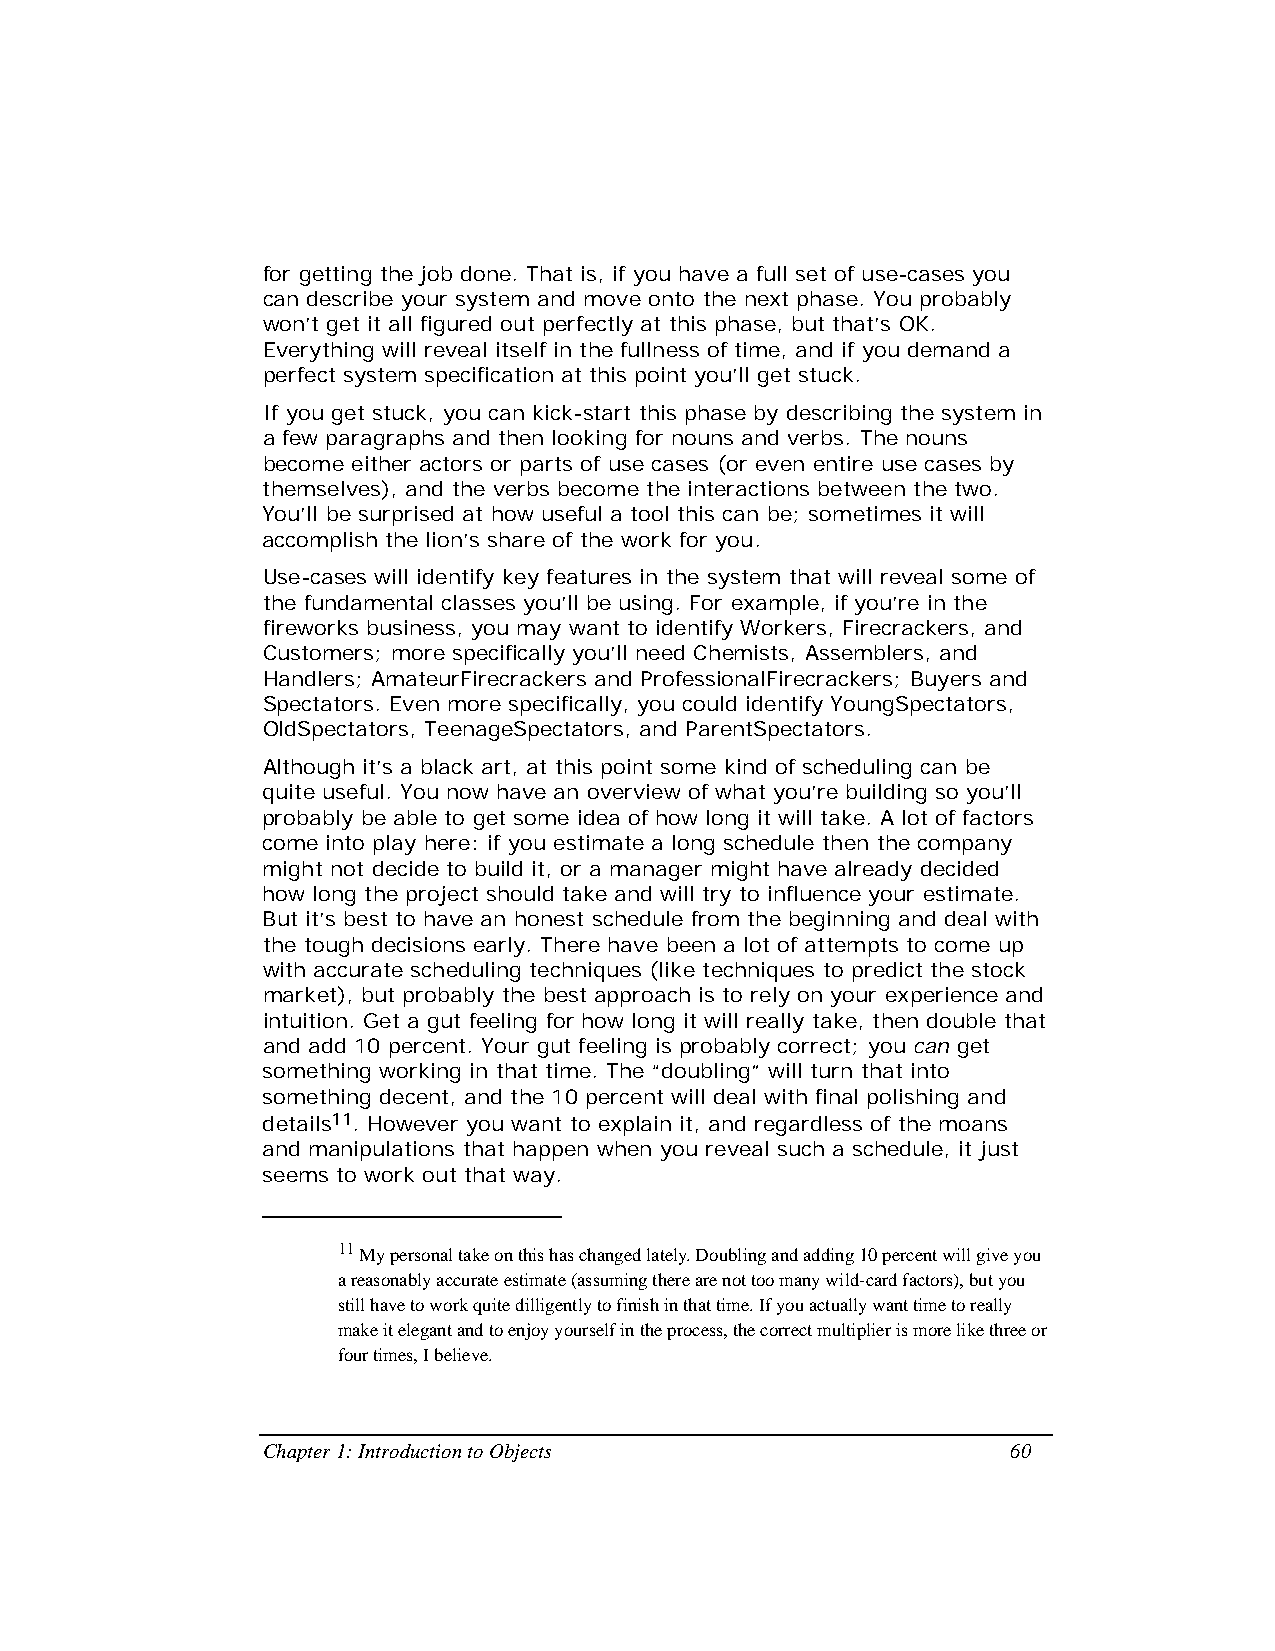
for getting the job done. That is, if you have a full set of use-cases you
 can describe your system and move onto the next phase. You probably
 won’t get it all figured out perfectly at this phase, but that’s OK.
 Everything will reveal itself in the fullness of time, and if you demand a
 perfect system specification at this point you’ll get stuck.
 If you get stuck, you can kick-start this phase by describing the system in
 a few paragraphs and then looking for nouns and verbs. The nouns
 become either actors or parts of use cases (or even entire use cases by
 themselves), and the verbs become the interactions between the two.
 You’ll be surprised at how useful a tool this can be; sometimes it will
 accomplish the lion’s share of the work for you.
 Use-cases will identify key features in the system that will reveal some of
 the fundamental classes you’ll be using. For example, if you’re in the
 fireworks business, you may want to identify Workers, Firecrackers, and
 Customers; more specifically you’ll need Chemists, Assemblers, and
 Handlers; AmateurFirecrackers and ProfessionalFirecrackers; Buyers and
 Spectators. Even more specifically, you could identify YoungSpectators,
 OldSpectators, TeenageSpectators, and ParentSpectators.
 Although it’s a black art, at this point some kind of scheduling can be
 quite useful. You now have an overview of what you’re building so you’ll
 probably be able to get some idea of how long it will take. A lot of factors
 come into play here: if you estimate a long schedule then the company
 might not decide to build it, or a manager might have already decided
 how long the project should take and will try to influence your estimate.
 But it’s best to have an honest schedule from the beginning and deal with
 the tough decisions early. There have been a lot of attempts to come up
 with accurate scheduling techniques (like techniques to predict the stock
 market), but probably the best approach is to rely on your experience and
 intuition. Get a gut feeling for how long it will really take, then double that
 and add 10 percent. Your gut feeling is probably correct; you can get
 something working in that time. The “doubling” will turn that into
 something decent, and the 10 percent will deal with final polishing and
 details11. However you want to explain it, and regardless of the moans
 and manipulations that happen when you reveal such a schedule, it just
 seems to work out that way.
 11 My personal take on this has changed lately. Doubling and adding 10 percent will give you
 a reasonably accurate estimate (assuming there are not too many wild-card factors), but you
 still have to work quite dilligently to finish in that time. If you actually want time to really
 make it elegant and to enjoy yourself in the process, the correct multiplier is more like three or
 four times, I believe.
 Chapter 1: Introduction to Objects                60